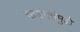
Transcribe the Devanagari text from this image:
खडकांमुळे